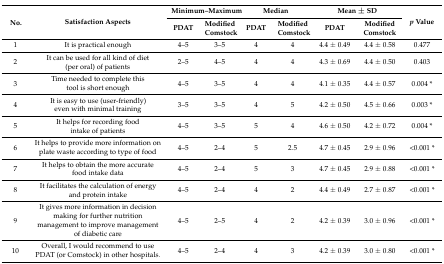
| <ROWSPAN=2> No. | <ROWSPAN=2> Satisfaction Aspects | <COLSPAN=2> Minimum–Maximum | <COLSPAN=2> Median | <COLSPAN=2> Mean ± SD | <ROWSPAN=2> p Value |
 | PDAT | Modified Comstock | PDAT | Modified Comstock | PDAT | Modified Comstock |
 | --- | --- | --- | --- | --- | --- | --- | --- | --- |
 | 1 | It is practical enough | 4–5 | 3–5 | 4 | 4 | 4.4 ± 0.49 | 4.4 ± 0.58 | 0.477 |
 | 2 | It can be used for all kind of diet (per oral) of patients | 2–5 | 4–5 | 4 | 4 | 4.3 ± 0.69 | 4.4 ± 0.50 | 0.403 |
 | 3 | Time needed to complete this tool is short enough | 4–5 | 3–5 | 4 | 4 | 4.1 ± 0.35 | 4.4 ± 0.57 | 0.004 * |
 | 4 | It is easy to use (user-friendly) even with minimal training | 3–5 | 3–5 | 4 | 5 | 4.2 ± 0.50 | 4.5 ± 0.66 | 0.003 * |
 | 5 | It helps for recording food intake of patients | 4–5 | 3–5 | 5 | 4 | 4.6 ± 0.50 | 4.2 ± 0.72 | 0.004 * |
 | 6 | It helps to provide more information on plate waste according to type of food | 4–5 | 2–4 | 5 | 2.5 | 4.7 ± 0.45 | 2.9 ± 0.96 | <0.001 * |
 | 7 | It helps to obtain the more accurate food intake data | 4–5 | 2–4 | 5 | 3 | 4.7 ± 0.45 | 2.9 ± 0.88 | <0.001 * |
 | 8 | It facilitates the calculation of energy and protein intake | 4–5 | 2–4 | 4 | 2 | 4.4 ± 0.49 | 2.7 ± 0.87 | <0.001 * |
 | 9 | It gives more information in decision making for further nutrition management to improve management of diabetic care | 4–5 | 2–5 | 4 | 2 | 4.2 ± 0.39 | 3.0 ± 0.96 | <0.001 * |
 | 10 | Overall, I would recommend to use PDAT (or Comstock) in other hospitals. | 4–5 | 2–4 | 4 | 3 | 4.2 ± 0.39 | 3.0 ± 0.80 | <0.001 * |